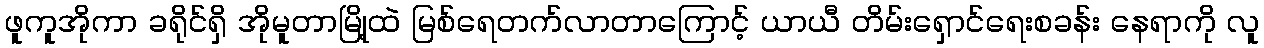
ဖူကူအိုကာ ခရိုင်ရှိ အိုမူတာမြို့ထဲ မြစ်ရေတက်လာတာကြောင့် ယာယီ တိမ်းရှောင်ရေးစခန်း နေရာကို လူ